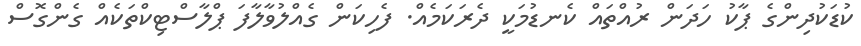
ކުޑަކުދިންގެ ޕާކު ހަދަން ރުއްތައް ކެނޑުމަކީ ދެރަކަމެއް. ފެހިކަން ގެއްލުވާލާފަ ޕްލާސްޓިކްތަކެއް ގެންގޮސް